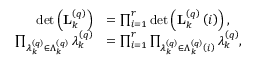
\begin{array} { r l } { \det \left( \mathbf { L } _ { k } ^ { \left( q \right) } \right) } & { = \prod _ { i = 1 } ^ { r } \det \left( \mathbf { L } _ { k } ^ { \left( q \right) } \left( i \right) \right) , } \\ { \prod _ { \lambda _ { k } ^ { \left( q \right) } \in \Lambda _ { k } ^ { \left( q \right) } } \lambda _ { k } ^ { \left( q \right) } } & { = \prod _ { i = 1 } ^ { r } \prod _ { \lambda _ { k } ^ { \left( q \right) } \in \Lambda _ { k } ^ { \left( q \right) } \left( i \right) } \lambda _ { k } ^ { \left( q \right) } , } \end{array}